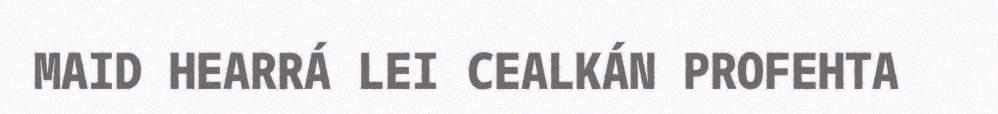
MAID HEARRÁ LEI CEALKÁN PROFEHTA